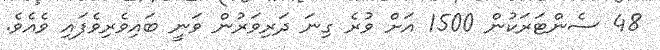
48 ސެންޓަރަކުން 1500 އަށް ވުރެ ގިނަ ދަރިވަރުން ވަނީ ބައިވެރިވެފައި ވެއެވެ.